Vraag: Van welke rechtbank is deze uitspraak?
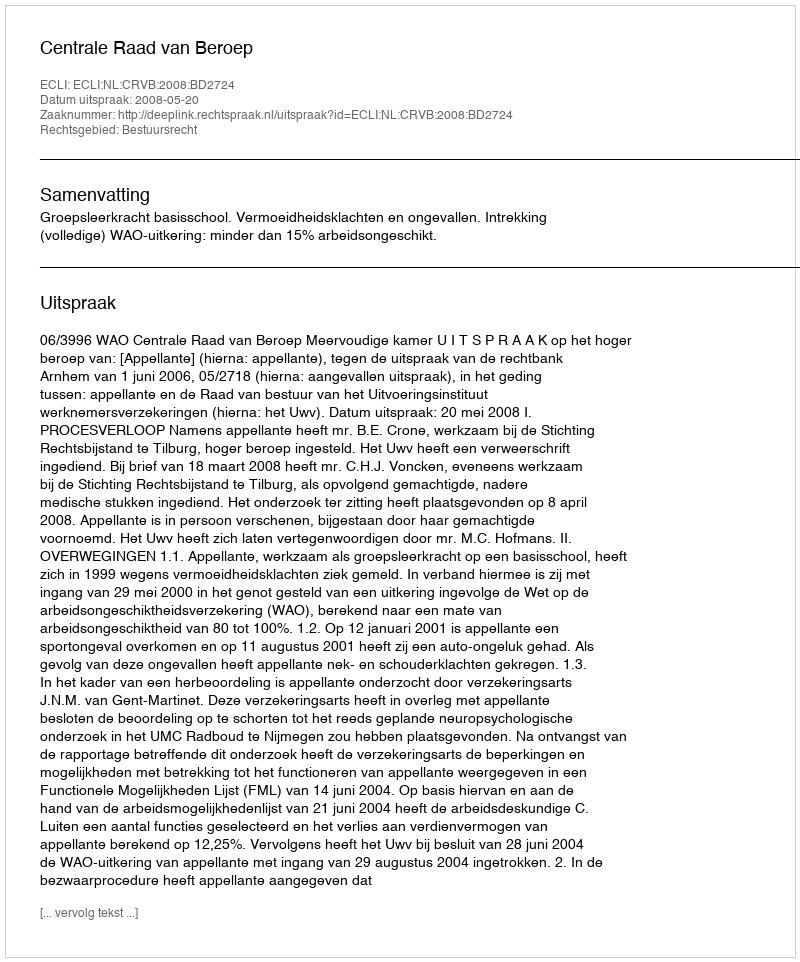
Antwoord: Centrale Raad van Beroep